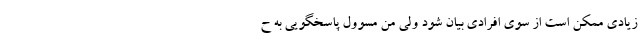
زیادی ممکن است از سوی افرادی بیان ‌شود ولی من مسوول پاسخگویی به ح